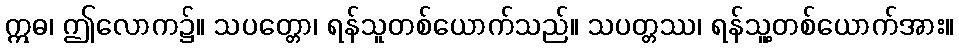
ဣဓ၊ ဤလောက၌။ သပတ္တော၊ ရန်သူတစ်ယောက်သည်။ သပတ္တဿ၊ ရန်သူ့တစ်ယောက်အား။